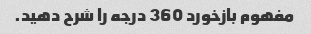
مفهوم بازخورد 360 درجه را شرح دهید.